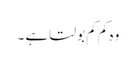
وہ کم کم بولتا ہے ۔